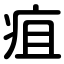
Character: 疽